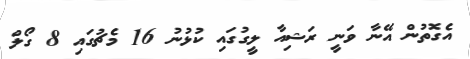
އެގޮތުން އޭނާ ވަނީ ރަޝިއާ ލީގުގައި ކުޅުނު 16 މެޗުގައި 8 ގޯލް